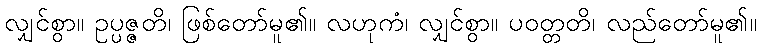
လျှင်စွာ။ ဥပ္ပဇ္ဇတိ၊ ဖြစ်တော်မူ၏။ လဟုကံ၊ လျှင်စွာ။ ပဝတ္တတိ၊ လည်တော်မူ၏။